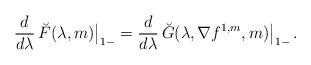
LaTeX: \begin{align*} \frac{d}{d\lambda}\,\breve F(\lambda, m)\big|_{1-}=\frac{d}{d\lambda}\,\breve G(\lambda,\nabla f^{1,m}, m)\big|_{1-}\,.\end{align*}